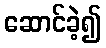
ဆောင်ခဲ့၍